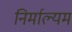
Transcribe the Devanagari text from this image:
निर्माल्यम